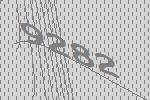
9282